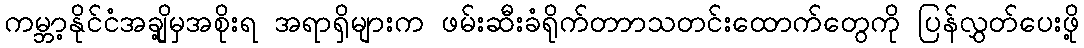
ကမ္ဘာ့နိုင်ငံအချို့မှအစိုးရ အရာရှိများက ဖမ်းဆီးခံရိုက်တာာသတင်းထောက်တွေကို ပြန်လွှတ်ပေးဖို့